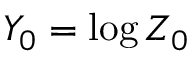
Y _ { 0 } = \log { Z _ { 0 } }